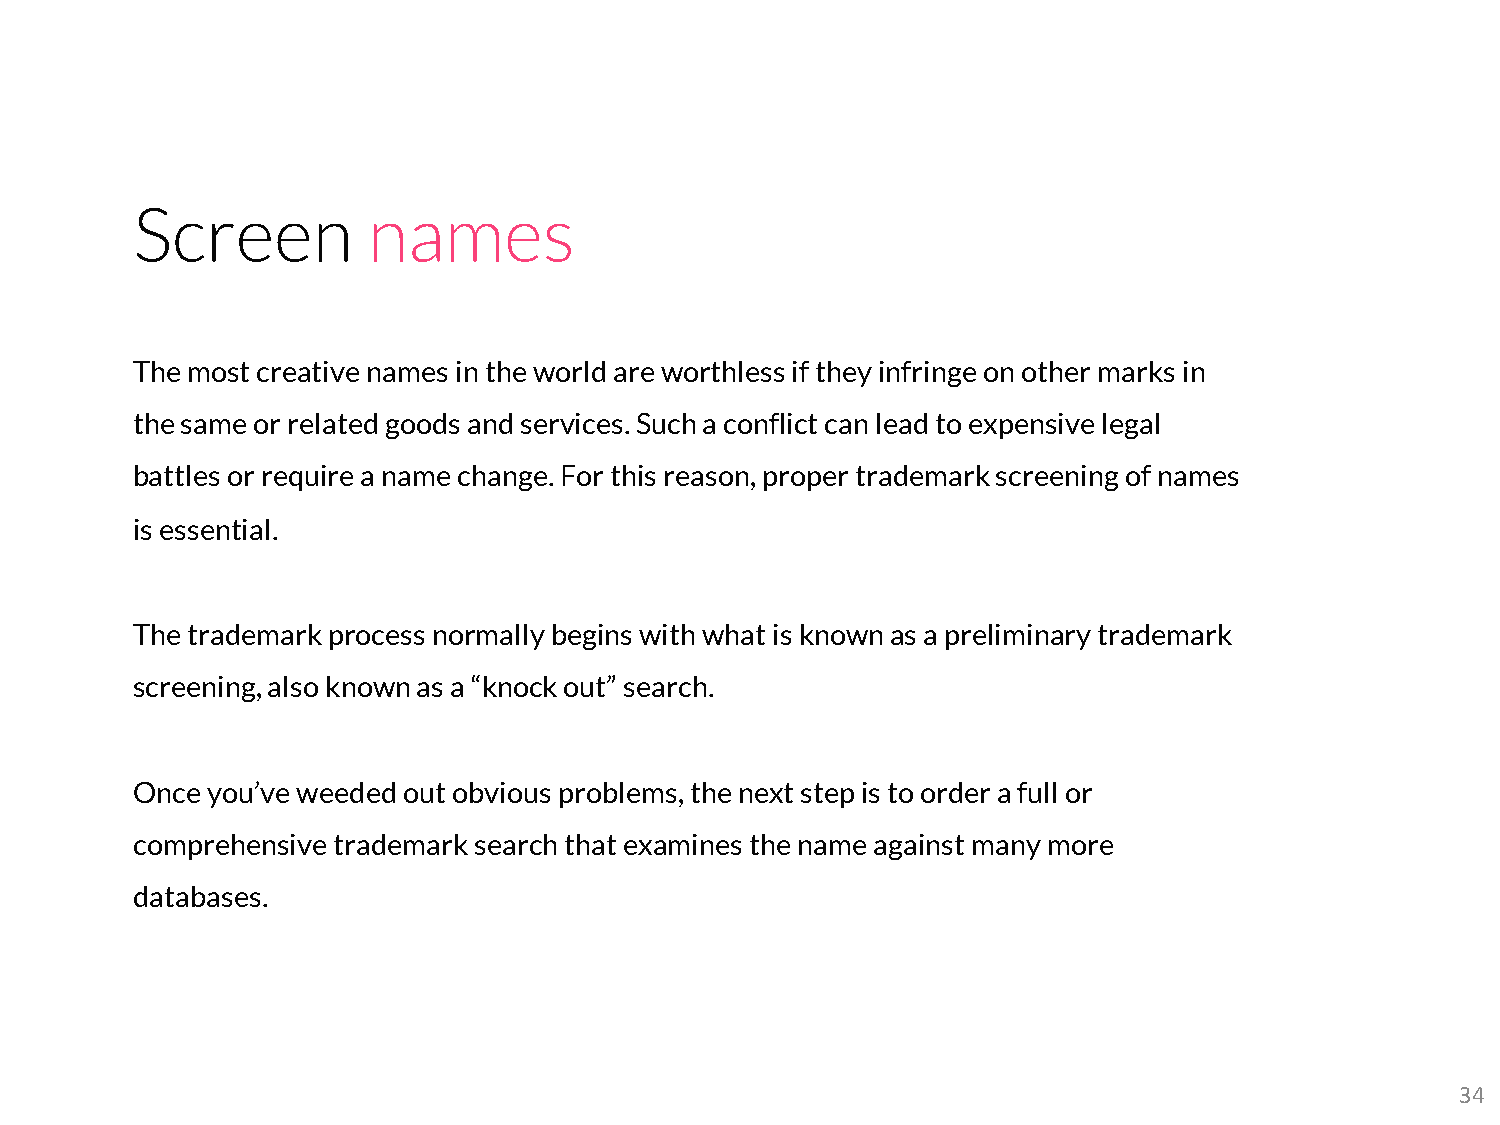
Screen         names
 The most creative names in the world are worthless if they infringe on other marks in
 the same or related goods and services. Such a conflict can lead to expensive legal
 battles or require a name change. For this reason, proper trademark screening of names
 is essential.
 The trademark process normally begins with what is known as a preliminary trademark
 screening, also known as a “knock out” search.
 Once you’ve weeded out obvious problems, the next step is to order a full or
 comprehensive trademark search that examines the name against many more
 databases.
 34